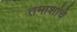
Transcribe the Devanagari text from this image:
तमाशांचे